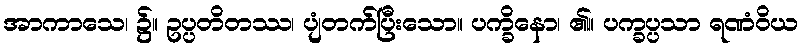
အာကာသေ၊ ၌။ ဥပ္ပတိတဿ၊ ပျံတက်ပြီးသော။ ပက္ခိနော၊ ၏။ ပက္ခပ္ပသာ ရဏံဝိယ